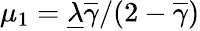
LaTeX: \mu_{1}={\underline{{\lambda}}\overline{{\gamma}}}/({2-\overline{{\gamma}}})